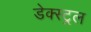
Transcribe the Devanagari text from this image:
डेक्स्ट्रल